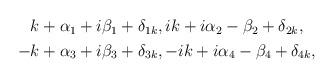
LaTeX: \begin{align*}\begin{aligned}& k + \alpha_1 +i\beta_1 + \delta_{1k}, ik + i\alpha_2 -\beta_2 + \delta_{2k}, \\-& k + \alpha_3 +i\beta_3 + \delta_{3k},-ik + i\alpha_4 -\beta_4 + \delta_{4k},\end{aligned}\end{align*}